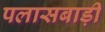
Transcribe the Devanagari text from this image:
पलासबाड़ी